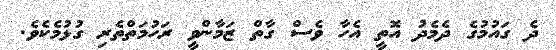
ދެ ގައުމުގެ ދެމެދު އޮތީ އެހާ ވެސް ގާތް ޒަމާންވީ ރަހުމަތްތެރި ގުޅުމެކެވެ.